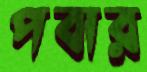
পবার